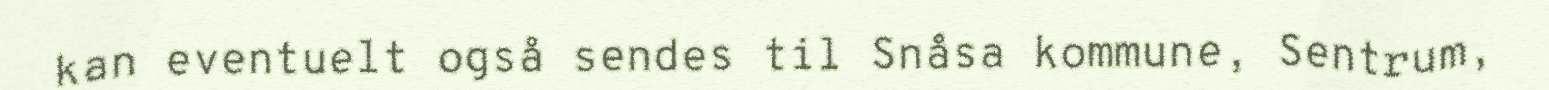
kan eventuelt også sendes til Snåsa kommune, Sentrum,